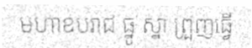
មហាឧបរាជ ធ្នូ ស្នា ព្រួញធ្វើ